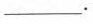
___.